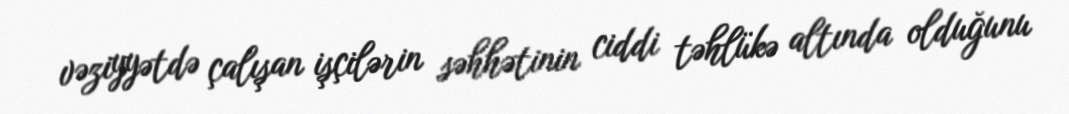
vəziyyətdə çalışan işçilərin səhhətinin ciddi təhlükə altında olduğunu